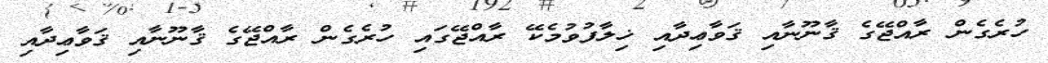
ހުރެގެން ރާއްޖޭގެ ޤާނޫނާއި ޤަވާޢިދާއި ޚިލާފުވުމެކޭ ރާއްޖޭގައި ހުރެގެން ރާއްޖޭގެ ޤާނޫނާއި ޤަވާޢިދާއި